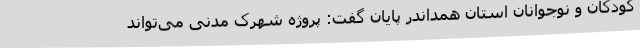
کودکان و نوجوانان استان همداندر پایان گفت: پروژه شهرک مدنی می‌تواند